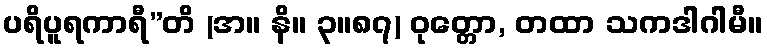
ပရိပူရကာရီ”တိ (အ။ နိ။ ၃။၈၇) ဝုတ္တော, တထာ သကဒါဂါမီ။